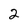
Character: 2